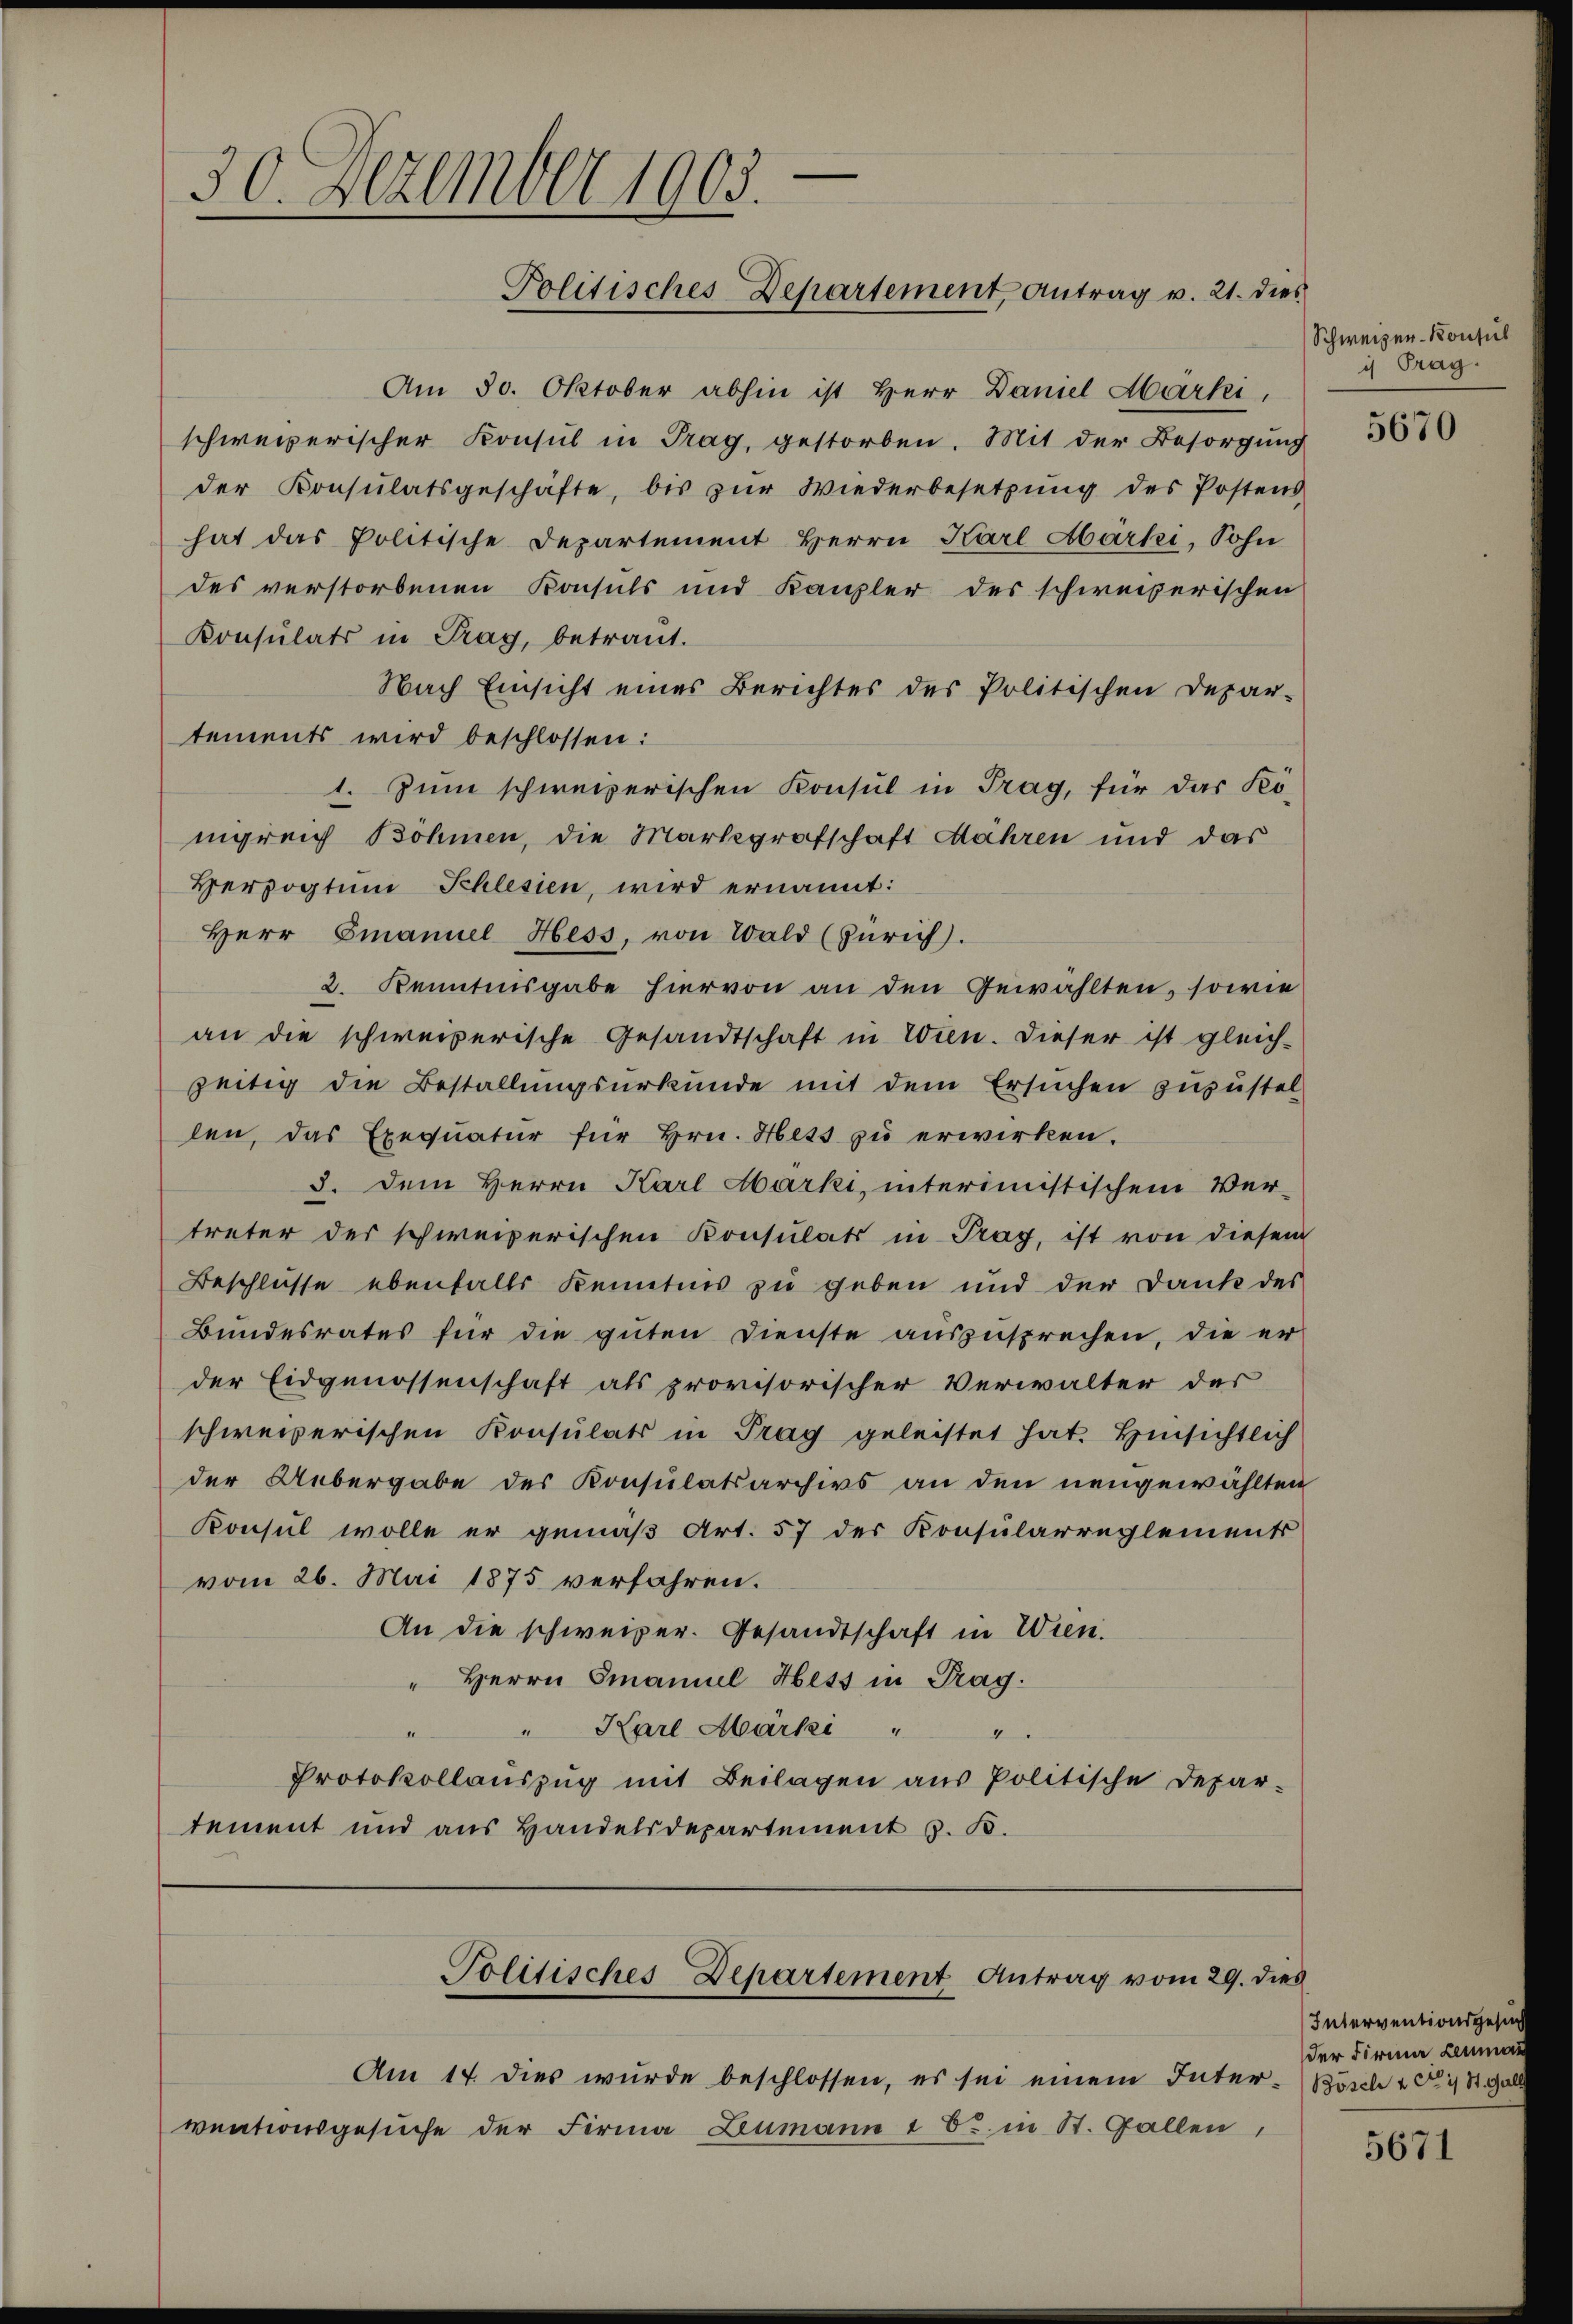
—
30. Dezember 1903.
Politisches-Departement Antrag v. 21. dies

schweizerischer Konsul in Trag, gestorben. Mit der Besorgung
hat das Politische Departement Herrn Karl Märki, Sohn
des verstorbenen Konsuls und Kanzler des schweizerischen
Konsulats in Trag, betraut.
Nach Einsicht eines Berichtes des Politischen Depar-
tements wird beschlossen:
1. Zum schweizerischen Konsul in Trag, für das Königreich Böhmen, die Markgrafschaft Mähren und das
Herzogtum Schlesien, wird ernannt:
Herr Emanuel Hess, von Wald (Zürich).
2. Kenntnisgabe hiervon an den Gewählten, sowie
an die schweizerische Gesandtschaft in Wien. Dieser ist gleich-
zeitig die Bestallungsurkunde mit dem Ersuchen zuzustel-
len, das Exequatur für hrn. Hess zu erwirken.
3. Dem Herrn Karl Marki, interimistischem Ver-
treter des schweizerischen Konsulats in Prag, ist von diesen
Beschlüsse ebenfalls Kenntnis zu geben und der Dank des
Bundesrates für die guten Dienste auszusprechen, die er
der Eidgenossenschaft als provisorischer Verwalter der
schweizerischen Konsulats in Prag geleistet hat. Hinsichtlich
der Uebergabe des Konsulatsarchivs an den neugewählten
Konsul wolle er gemäß Art. 57 der Konsularreglements
vom 26. Mai 1875 verfahren.
An die schweizer. Gesandtschaft in Wien.
" Herrn Emanuel Hess in Prag.
" Karl Märki " " "
Protokollaŭszŭg mit Beilagen aŭs Politische Depar-
tement und aus Handelsdepartement z. B.

Am 30. Oktober abhin ist Herr Daniel Marki,
der Konsulatsgeschäfte, bis zŭr Wiederbesetzŭng des Postens

Politisches-Departement Antrag vom 29. dies

Am 17. dies wurde beschlossen, es sei einem Inter- Bösch 10 1/8 al
wuationsgesuche der Firma Zumann 1 S. in St. Gallen,

Schweizer-Konsul
is Trag.

5670

Interventionsgese
der Firmen Leumu

5671